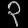
Digit: ၃